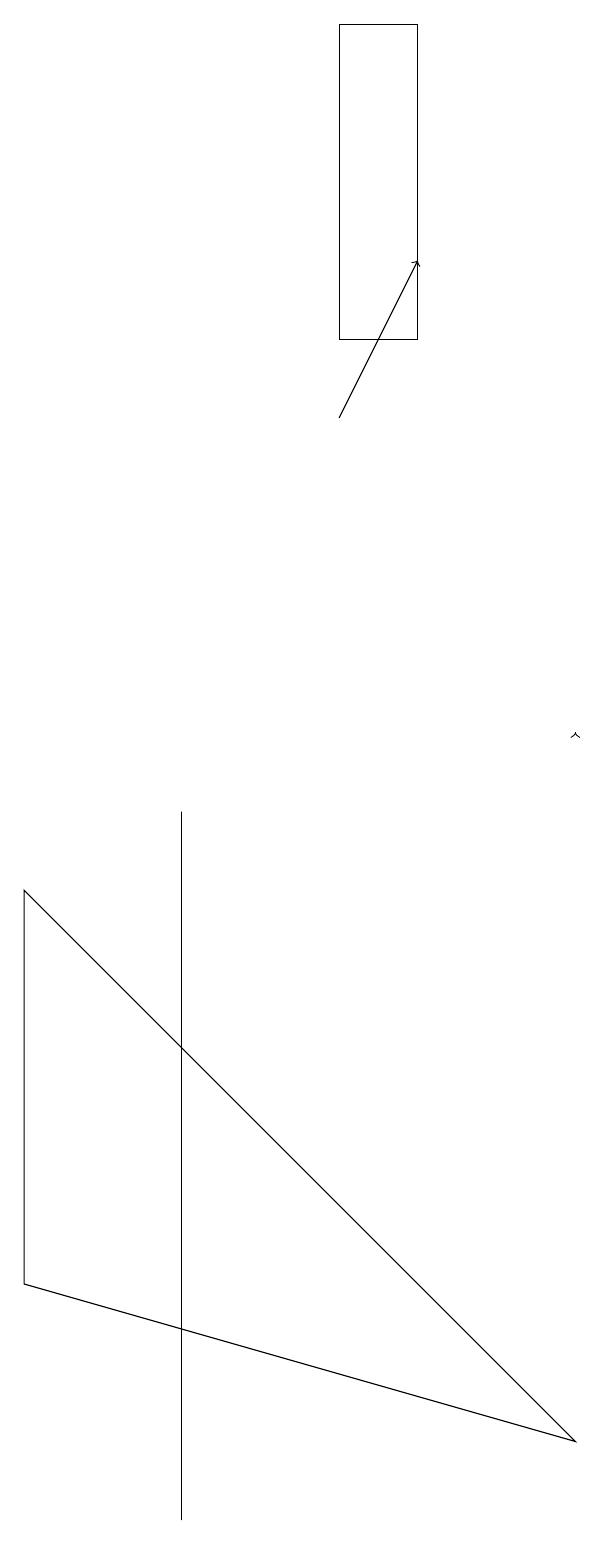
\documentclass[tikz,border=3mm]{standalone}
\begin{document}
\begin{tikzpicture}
\draw[->] (5,14) -- (6,16);
\draw (3,9) -- (3,0) -- (3,4) -- cycle;
\draw (6,15) rectangle (5,19);
\draw[->] (8,10) -- (8,10);
\draw (1,8) -- (1,3) -- (8,1) -- cycle;
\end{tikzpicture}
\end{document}